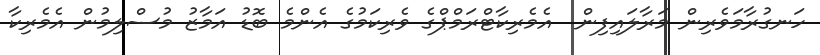
ހަނގުރާމަވެރިން މަރާލައިފިން  އެމެރިކާޓްރަމްޕްގެ ވެރިކަމުގެ އެންމެ ބޮޑު އަމާޒު މުސްލިމުން އެމެރިކާ